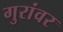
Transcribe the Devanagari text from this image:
गुरांवर